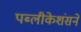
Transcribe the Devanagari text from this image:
पब्लीकेशंसने